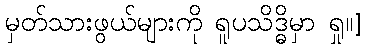
မှတ်သားဖွယ်များကို ရူပသိဒ္ဓိမှာ ရှု။]